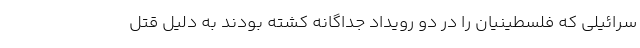
سرائیلی که فلسطینیان را در دو رویداد جداگانه کشته بودند به دلیل قتل